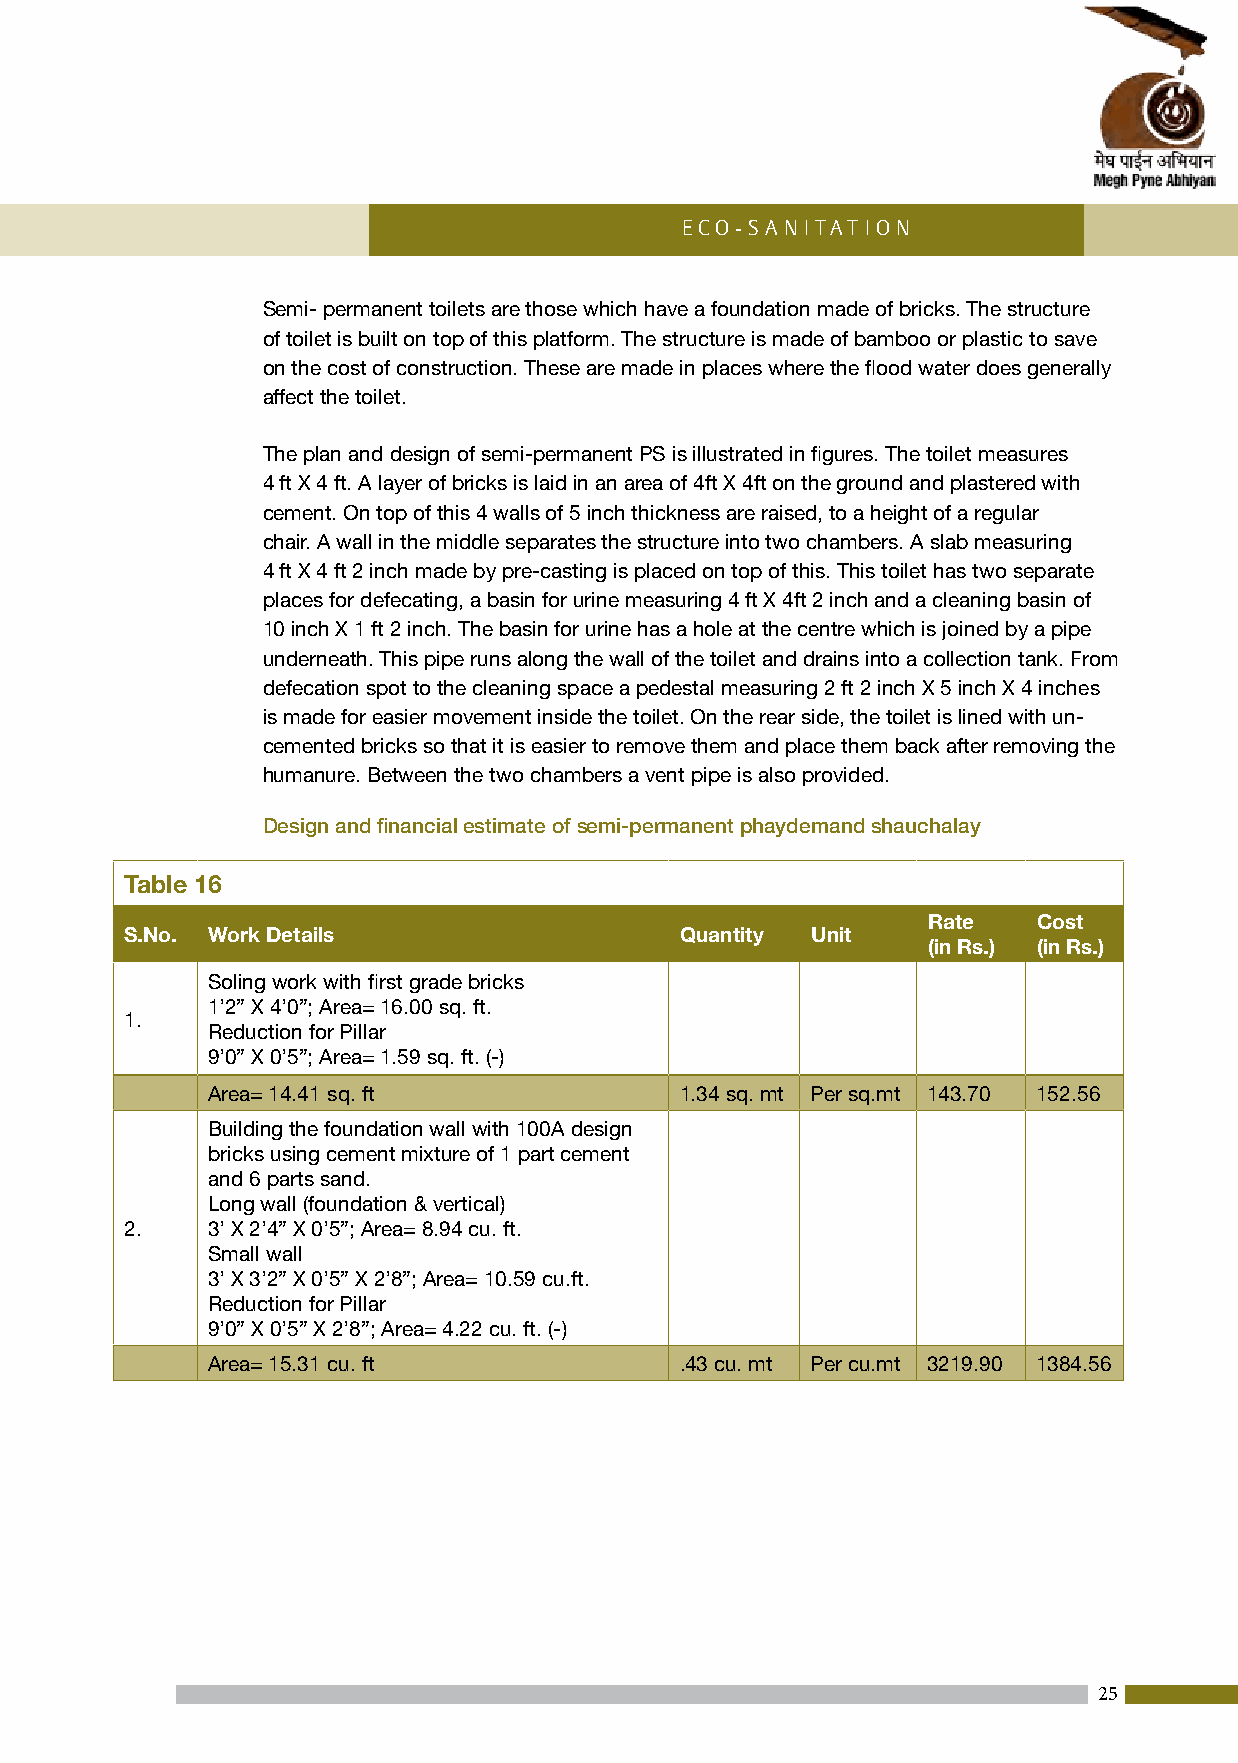
Eco-Sani tation
 Semi- permanent toilets are those which have a foundation made of bricks. The structure
 of toilet is built on top of this platform. The structure is made of bamboo or plastic to save
 on the cost of construction. These are made in places where the flood water does generally
 affect the toilet.
 The plan and design of semi-permanent PS is illustrated in figures. The toilet measures
 4 ft X 4 ft. A layer of bricks is laid in an area of 4ft X 4ft on the ground and plastered with
 cement. On top of this 4 walls of 5 inch thickness are raised, to a height of a regular
 chair. A wall in the middle separates the structure into two chambers. A slab measuring
 4 ft X 4 ft 2 inch made by pre-casting is placed on top of this. This toilet has two separate
 places for defecating, a basin for urine measuring 4 ft X 4ft 2 inch and a cleaning basin of
 10 inch X 1 ft 2 inch. The basin for urine has a hole at the centre which is joined by a pipe
 underneath. This pipe runs along the wall of the toilet and drains into a collection tank. From
 defecation spot to the cleaning space a pedestal measuring 2 ft 2 inch X 5 inch X 4 inches
 is made for easier movement inside the toilet. On the rear side, the toilet is lined with un-
 cemented bricks so that it is easier to remove them and place them back after removing the
 humanure. Between the two chambers a vent pipe is also provided.
 Design and financial estimate of semi-permanent phaydemand shauchalay
 Table 16
 Rate    Cost
 S.No. Work Details                   Quantity Unit
 (in Rs.) (in Rs.)
 Soling work with first grade bricks
 1’2” X 4’0”; Area= 16.00 sq. ft.
 1.
 Reduction for Pillar
 9’0” X 0’5”; Area= 1.59 sq. ft. (-)
 Area= 14.41 sq. ft             1.34 sq. mt Per sq.mt 143.70 152.56
 Building the foundation wall with 100A design
 bricks using cement mixture of 1 part cement
 and 6 parts sand.
 Long wall (foundation & vertical)
 2.    3’ X 2’4” X 0’5”; Area= 8.94 cu. ft.
 Small wall
 3’ X 3’2” X 0’5” X 2’8”; Area= 10.59 cu.ft.
 Reduction for Pillar
 9’0” X 0’5” X 2’8”; Area= 4.22 cu. ft. (-)
 Area= 15.31 cu. ft             .43 cu. mt Per cu.mt 3219.90 1384.56
 25